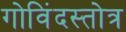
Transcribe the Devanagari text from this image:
गोविंदस्तोत्र